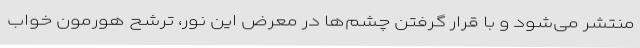
منتشر می‌شود و با قرار گرفتن چشم‌ها در معرض این نور، ترشح هورمون خواب